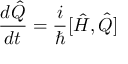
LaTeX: { \frac { d { \hat { Q } } } { d t } } = { \frac { i } { \hbar } } [ { \hat { H } } , { \hat { Q } } ]